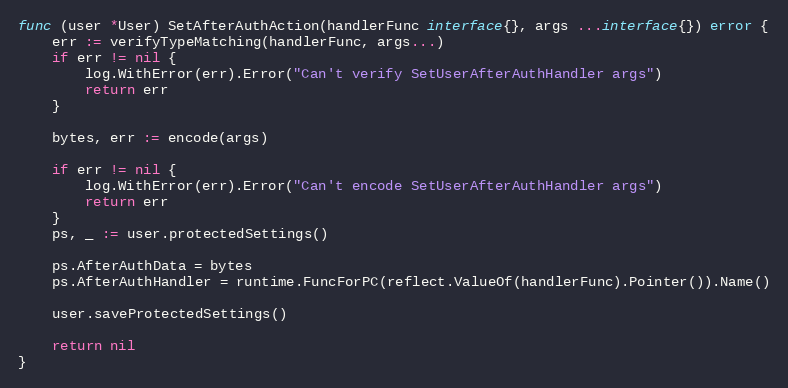
Language: Go
func (user *User) SetAfterAuthAction(handlerFunc interface{}, args ...interface{}) error {
	err := verifyTypeMatching(handlerFunc, args...)
	if err != nil {
		log.WithError(err).Error("Can't verify SetUserAfterAuthHandler args")
		return err
	}

	bytes, err := encode(args)

	if err != nil {
		log.WithError(err).Error("Can't encode SetUserAfterAuthHandler args")
		return err
	}
	ps, _ := user.protectedSettings()

	ps.AfterAuthData = bytes
	ps.AfterAuthHandler = runtime.FuncForPC(reflect.ValueOf(handlerFunc).Pointer()).Name()

	user.saveProtectedSettings()

	return nil
}